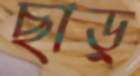
ছাড়্‌